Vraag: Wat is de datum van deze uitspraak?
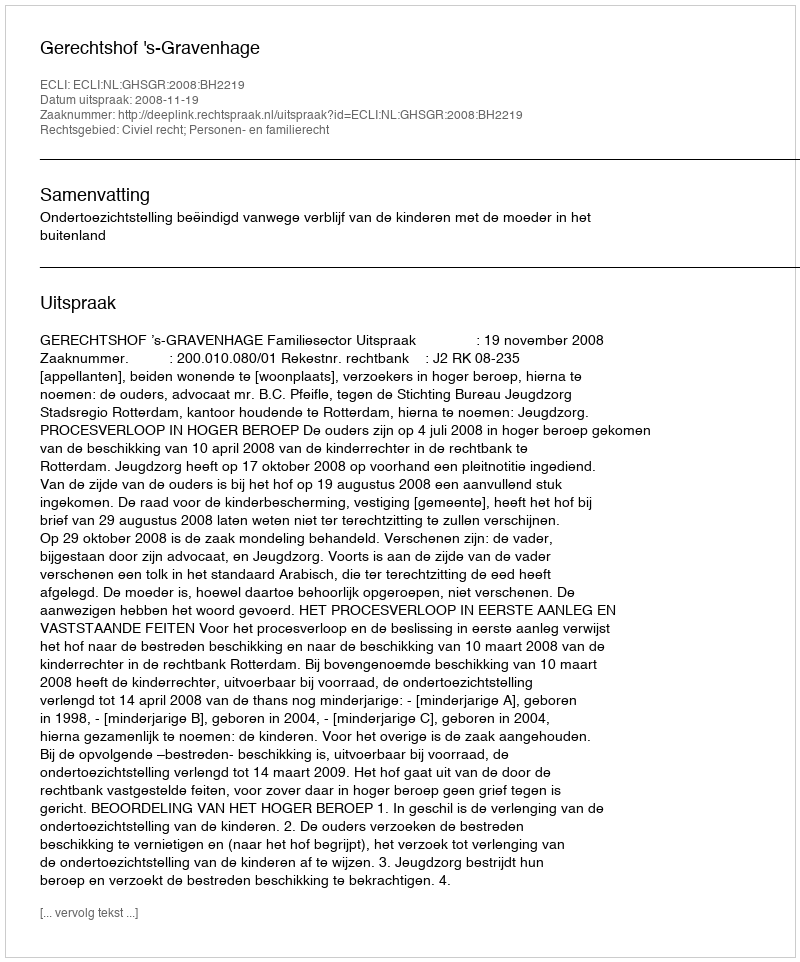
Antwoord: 2008-11-19